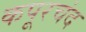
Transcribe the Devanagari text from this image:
कपूरचंद